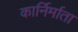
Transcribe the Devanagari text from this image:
कार्निर्माता